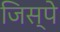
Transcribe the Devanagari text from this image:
जिस्पे